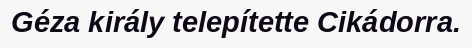
Géza király telepítette Cikádorra.